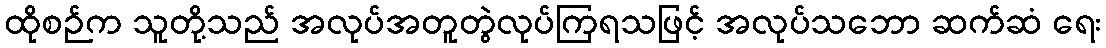
ထိုစဉ်က သူတို့သည် အလုပ်အတူတွဲလုပ်ကြရသဖြင့် အလုပ်သဘော ဆက်ဆံ ရေး